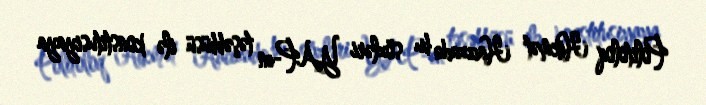
Politoloq Hikmət Hacızadə bu sözləri YAP-ın təşəbbüsü ilə konstitusiyaya